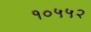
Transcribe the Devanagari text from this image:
१०५५२